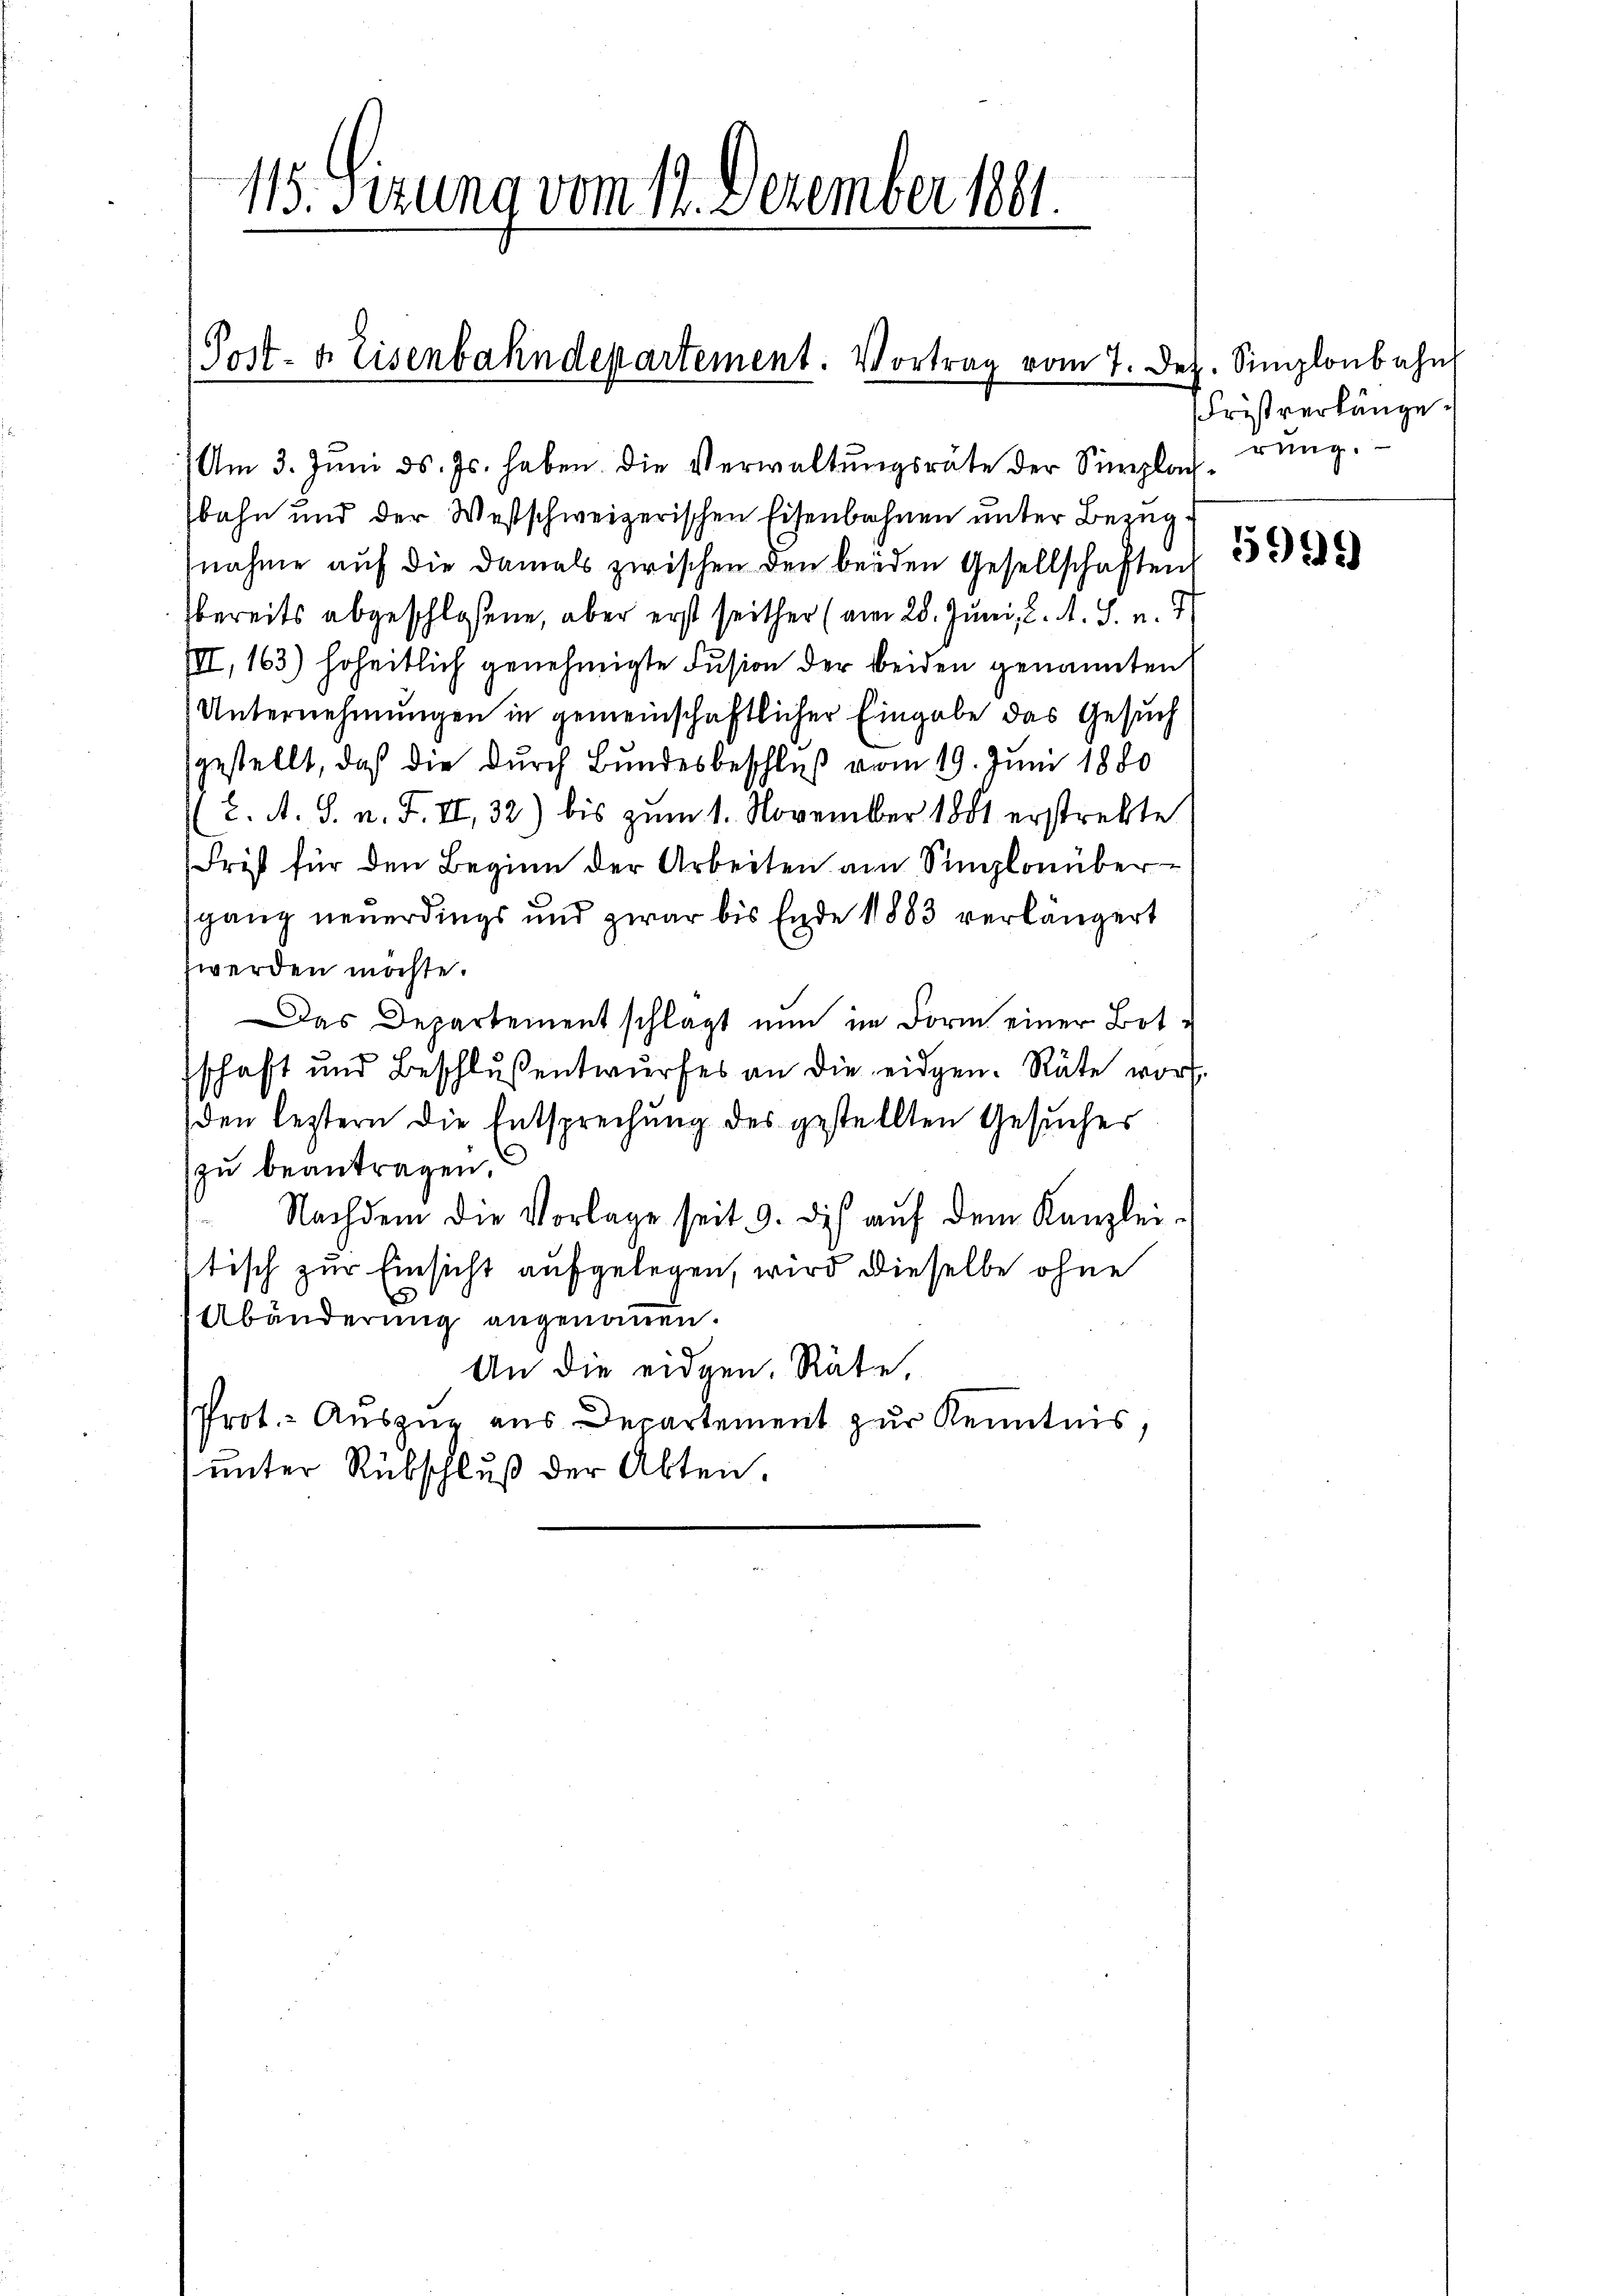
115. Sizung vom 14. Dezember 1801.

Post- & Eisenbahndepartement. Vortrag vom 7. Dez. Sigloubahn

(Am 3. Juni d. Js. haben die Verwaltŭngsräte der Simplacherŭng.
bahn und der Westschweizerischen Eisenbahnen unter Bezugnahme auf die damals zwischen den beiden Gesellschaften
bereits abgeschlossene, aber erst seither (am 28. Juni l. A. S. v. 1
III, 163) hoheitlich genehmigte Fusion der beiden genannten
Unternehmungen in gemeinschaftlicher Eingabe das Gesuch
gestellt, daß die durch Bundesbeschluß vom 19. Juni 1880
2. A. S. n. F. II, 32) bis zum 1. November 1881 erstrebte
Frist für den Beginn der Arbeiten am Singlonübersgang neuerdings und zwar bis Ende 1883 verlängert
werden möchte.
Das Departementschlägt nun im Form einer Bot¬
2
schaft und Beschluß entwŭrfes an die eidgen. Räte vor.
den leztern die Entsprechung des gestellten Gesuches
zu beantragen.
 Nachdem die Vorlage seit 9. die aŭf dem Kanzlei-
stisch zur Einsicht aufgelegen, wird dieselbe ohne
Abänderung angenommen.
An die eidgen. Räte,
Prot.- Auszug aus Departement zur Kenntnis,
unter Rübschluß der Akten.

Fristverlänge.
5999